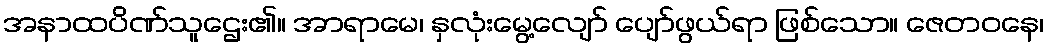
အနာထပိဏ်သူဌေး၏။ အာရာမေ၊ နှလုံးမွေ့လျော် ပျော်ဖွယ်ရာ ဖြစ်သော။ ဇေတဝနေ၊